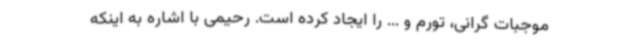
موجبات گرانی، تورم و ... را ایجاد کرده است. رحیمی با اشاره به اینکه